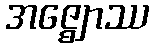
အဇ္ဈောဿ